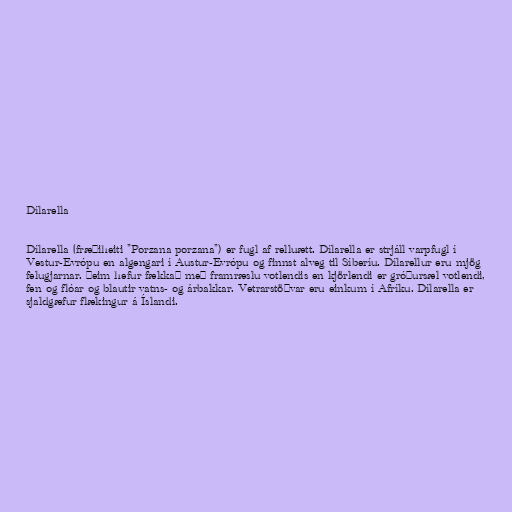
Dílarella

Dílarella (fræðiheiti "Porzana porzana") er fugl af relluætt. Dílarella er strjáll varpfugl í
Vestur-Evrópu en algengari í Austur-Evrópu og finnst alveg til Síberíu. Dílarellur eru mjög
felugjarnar. Þeim hefur fækkað með framræslu votlendis en kjörlendi er gróðursæl votlendi,
fen og flóar og blautir vatns- og árbakkar. Vetrarstöðvar eru einkum í Afríku. Dílarella er
sjaldgæfur flækingur á Íslandi.